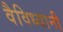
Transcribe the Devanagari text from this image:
वैविध्यानी